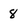
Character: 8